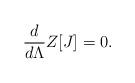
LaTeX: \begin{align*}{d \over d\Lambda}Z[J]=0. \end{align*}